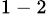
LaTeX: ^{1\mathrm{~-~}2}